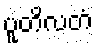
ပူတိလတံ